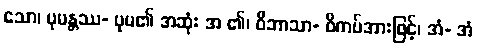
သော၊ ပုမန္တဿ- ပုမ၏ အဆုံး အ ၏၊ ဝိဘာသာ- ဝိကပ်အားဖြင့်၊ အံ- အံ